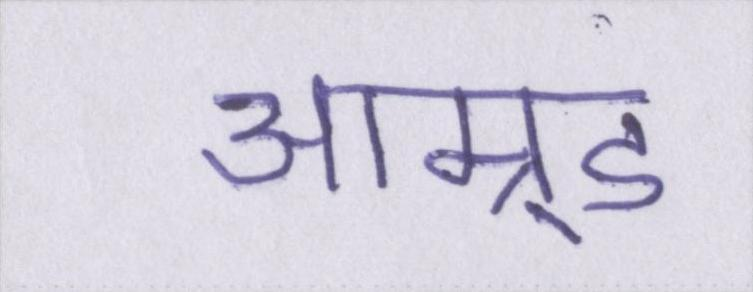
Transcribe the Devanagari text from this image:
आम्र्ड